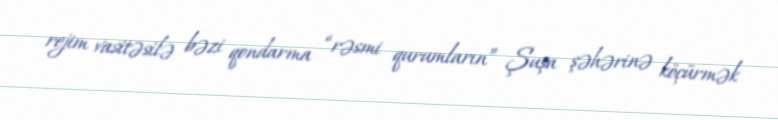
rejim vasitəsilə bəzi qondarma “rəsmi qurumların” Şuşa şəhərinə köçürmək